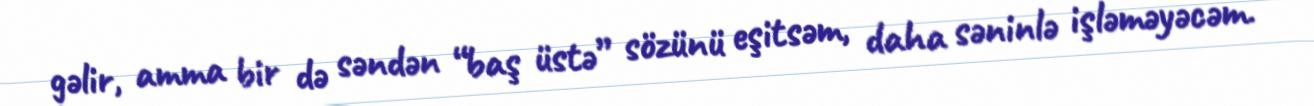
gəlir, amma bir də səndən “baş üstə” sözünü eşitsəm, daha səninlə işləməyəcəm.